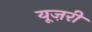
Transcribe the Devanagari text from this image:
यूज़री